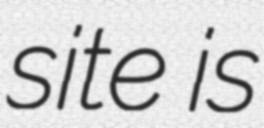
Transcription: site is